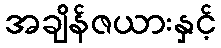
အချိန်ဇယားနှင့်